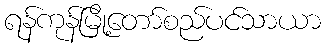
ရန်ကုန်မြို့တော်စည်ပင်သာယာ